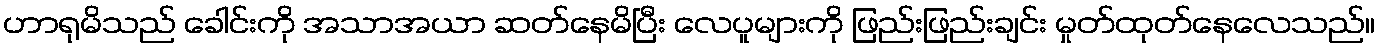
ဟာရုမိသည် ခေါင်းကို အသာအယာ ဆတ်နေမိပြီး လေပူများကို ဖြည်းဖြည်းချင်း မှုတ်ထုတ်နေလေသည်။